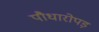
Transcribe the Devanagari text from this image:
पौधारोपड़